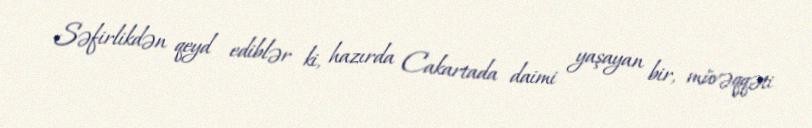
Səfirlikdən qeyd ediblər ki, hazırda Cakartada daimi yaşayan bir, müvəqqəti